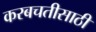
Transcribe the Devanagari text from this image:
करबचतीसाठी